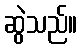
ဆွဲသည်။